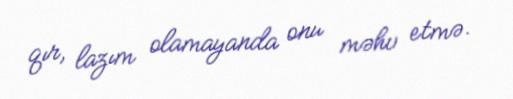
qır, lazım olamayanda onu məhv etmə.